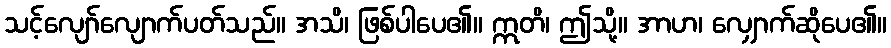
သင့်လျော်လျောက်ပတ်သည်။ အသိ၊ ဖြစ်ပါပေ၏။ ဣတိ၊ ဤသို့။ အာဟ၊ လျှောက်ဆိုပေ၏။